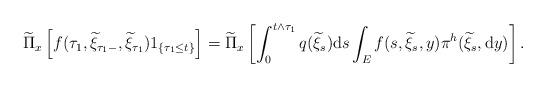
LaTeX: \begin{align*}\widetilde{\Pi}_{x}\left[f(\tau_{1},\widetilde{\xi}_{\tau_{1}-},\widetilde{\xi}_{\tau_{1}})1_{\{\tau_{1}\le t\}}\right]&=\widetilde{\Pi}_{x}\left[\int_{0}^{t\wedge \tau_{1}}q(\widetilde{\xi}_{s}){\rm d}s\int_{E}f(s,\widetilde{\xi}_{s},y)\pi^{h}(\widetilde{\xi}_{s},{\rm d}y)\right].\end{align*}